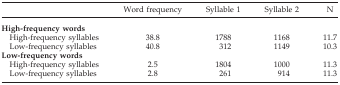
<table><thead><tr><td></td><td><b>Word frequency</b></td><td><b>Syllable 1</b></td><td><b>Syllable 2</b></td><td><b>N</b></td></tr></thead><tbody><tr><td colspan="5"><b>High-frequency words</b></td></tr><tr><td> High-frequency syllables</td><td>38.8</td><td>1788</td><td>1168</td><td>11.7</td></tr><tr><td> Low-frequency syllables</td><td>40.8</td><td>312</td><td>1149</td><td>10.3</td></tr><tr><td colspan="5"><b>Low-frequency words</b></td></tr><tr><td> High-frequency syllables</td><td>2.5</td><td>1804</td><td>1000</td><td>11.3</td></tr><tr><td> Low-frequency syllables</td><td>2.8</td><td>261</td><td>914</td><td>11.3</td></tr></tbody></table>